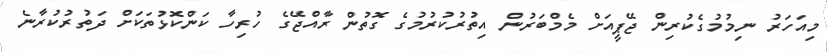
މިއަހަރު ނިމުމުގެކުރިން ޖޭޕީއަށް މެމްބަރުން އިތުރުކުރުމުގެ ގޮތުން ރާއްޖޭގެ ހުރިހާ ކަންކޮޅުތަކަށް ދަތުރުކުރާނެ